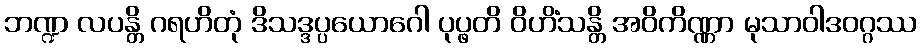
ဘဏ္ဍ လပန္တိ ဂရဟိတုံ ဒိသဒ္ဒပ္ပယောဂေါ ပုပ္ဖတိ ဝိဟိံသန္တိ အဝိကိဏ္ဏာ မုသာဝါဒဝဂ္ဂဿ